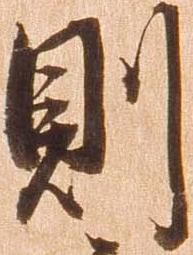
則